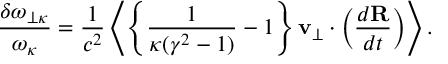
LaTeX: { \frac { \delta \omega _ { \perp \kappa } } { \omega _ { \kappa } } } = { \frac { 1 } { c ^ { 2 } } } \left< \left\{ { \frac { 1 } { \kappa ( \gamma ^ { 2 } - 1 ) } } - 1 \right\} { \bf v } _ { \perp } \cdot \left( { \frac { d { \bf R } } { d t } } \right) \right> .